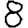
Digit: 8